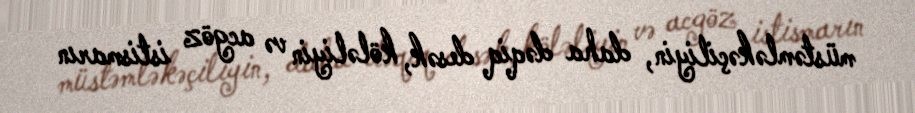
müstəmləkəçiliyin, daha dəqiq desək, köləliyin və acgöz istismarın